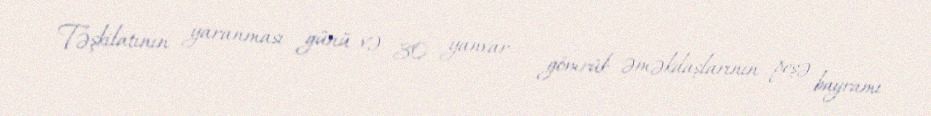
Təşkilatının yaranması günü və 30 yanvar - gömrük əməkdaşlarının peşə bayramı